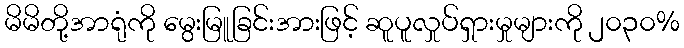
မိမိတို့အာရုံကို မွေးမြူခြင်းအားဖြင့် ဆူပူလှုပ်ရှားမှုများကို ၂၀၃၀%